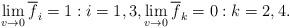
LaTeX: \begin{align*} \lim_{v\rightarrow 0}\overline{f}_i=1:i=1,3,\lim_{v\rightarrow 0}\overline{f}_k=0:k=2,4.\end{align*}